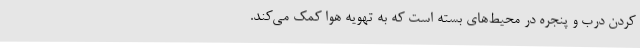
کردن درب و پنجره در محیط‌های بسته است که به تهویه هوا کمک می‌کند.